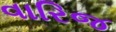
વારિજ